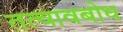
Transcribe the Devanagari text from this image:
तत्वावबोध